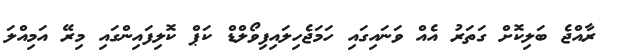
ރާއްޖެ ބަލިކޮށް ގަތަރު އެއް ވަނައިގައި ހަަަމަޖެހިލައިފިވޯލްޑް ކަޕް ކޮލިފައިންގައި މިރޭ އަމިއްލަ